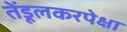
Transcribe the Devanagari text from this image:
तेंडूलकरपेक्षा